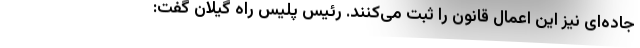
جاده‌ای نیز این اعمال قانون را ثبت می‌کنند. رئیس پلیس راه گیلان گفت: